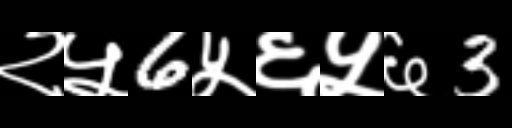
Text: २५6५६५६3